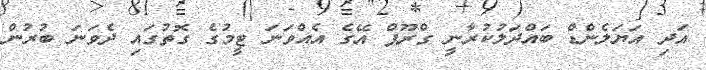
އަދި އަޔަލެންޑް ބައްދަލުކުރާނީ ގްރޫޕް އޭގެ އެއްވަނަ ޓީމުގެ ގޮތުގައި ދެވަނަ ބުރުން